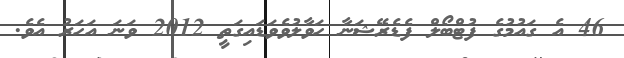
46 އެ ގައުމުގެ ފުޓްބޯލް ފެޑެރޭޝަނާ ހަވާލުވެވަޑައިގަތީ 2012 ވަނަ އަހަރު އެވެ.